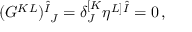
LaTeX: ( G ^ { K L } ) _ { ~ J } ^ { \hat { I } } = \delta _ { J } ^ { [ K } \eta ^ { L ] \hat { I } } = 0 \, ,